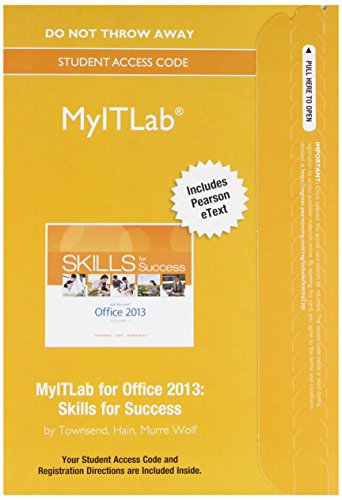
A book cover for MyITLab with Pearson eText -- Access Card -- for Skills for Success with Office 2013; Kris Townsend; Computers & Technology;